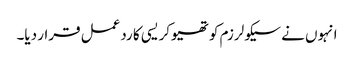
انہوں نے سیکولرزم کو تھیوکریسی کا ردعمل قرار دیا۔